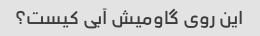
این روی گاومیش آبی کیست؟